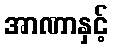
အာဏာနှင့်